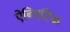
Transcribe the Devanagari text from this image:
ऐबिएटिक